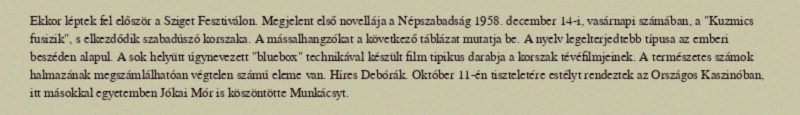
Ekkor léptek fel először a Sziget Fesztiválon. Megjelent első novellája a Népszabadság 1958. december 14-i, vasárnapi számában, a "Kuzmics fusizik", s elkezdődik szabadúszó korszaka. A mássalhangzókat a következő táblázat mutatja be. A nyelv legelterjedtebb típusa az emberi beszéden alapul. A sok helyütt úgynevezett "bluebox" technikával készült film tipikus darabja a korszak tévéfilmjeinek. A természetes számok halmazának megszámlálhatóan végtelen számú eleme van. Híres Debórák. Október 11-én tiszteletére estélyt rendeztek az Országos Kaszinóban, itt másokkal egyetemben Jókai Mór is köszöntötte Munkácsyt.